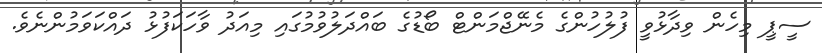
ސީޕީ މިހެން ވިދާޅުވީ ފުލުހުންގެ މެނޭޖްމަންޓް ބޯޑުގެ ބައްދަލުވުމުގައި މިއަދު ވާހަކަފުޅު ދައްކަވަމުންނެވެ.